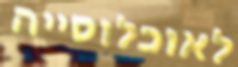
לאוכלוסייה